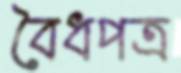
বৈধপত্র